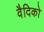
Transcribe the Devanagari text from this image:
वैदिको